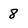
Character: 8